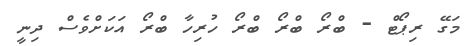
މަގޭ ރިޕޯޓް - ބްރޯ ބްރޯ ބްރޯ ހުރިހާ ބްރޯ އަކަށްވެސް ދިނީ